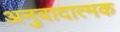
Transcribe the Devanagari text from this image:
अनुवादात्मक